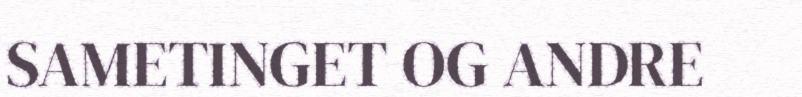
SAMETINGET OG ANDRE